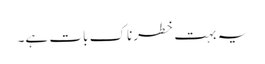
یہ بہت خطرناک بات ہے۔